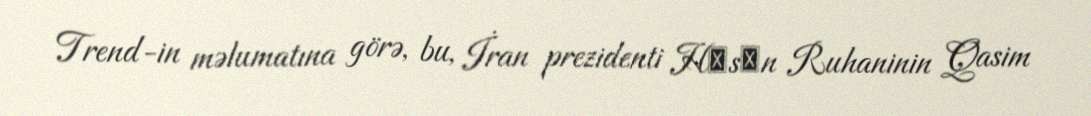
Trend-in məlumatına görə, bu, İran prezidenti Hәsәn Ruhaninin Qasim